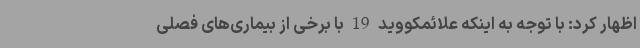
اظهار کرد: با توجه به اینکه علائمکووید 19 با برخی از بیماری‌های فصلی